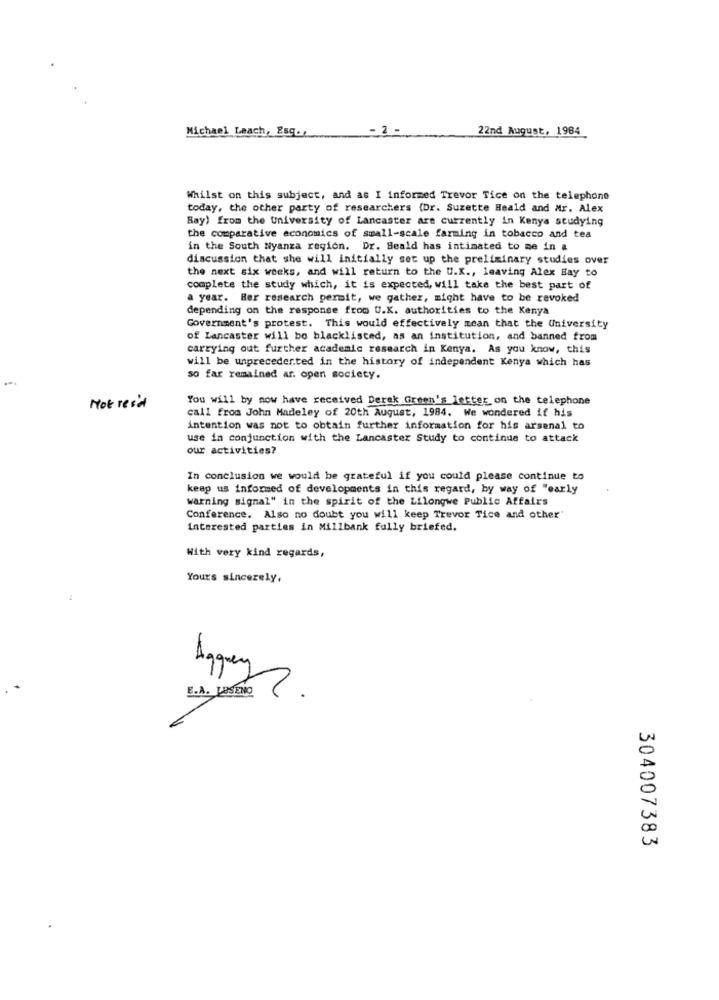
Michael Leach, Esq .,
- 2
22nd August, 1984
Whilst on this subject, and as I informed Trevor Tice on the telephone
today, the other party of researchers (Dr. Suzette Heald and Mr. Alex
Bay) from the University of Lancaster are currently in Kenya studying
the comparative economics of small-scale farming in tobacco and tea
in the South Nyanza region. Dr. Beald has intimated to me in a
discussion that she will initially set up the preliminary studies over
the next six weeks, and will return to the U.K ., leaving Alex Bay to
complete the study which, it is expected, will take the best part of
a year. Her research permit, we gather, might have to be revoked
depending on the response from U.K. authorities to the Kenya
Government's protest. This would effectively mean that the University
of Lancaster will be blacklisted, as an institution, and banned from
carrying out further academic research in Kenya. As you know, this
will be unprecedented in the history of independent Kenya which has
so far remained ar. open society.
You will by now have received Derek Green's letter on the telephone
Not read
call from John Madeley of 20th August, 1984. We wondered if his
intention was not to obtain further information for his arsenal to
use in conjunction with the Lancaster Study to continue to attack
our activities?
In conclusion we would be grateful if you could please continue to
keep us informed of developments in this regard, by way of "early
warning signal" in the spirit of the Lilongwe Public Affairs
Conference. Also no doubt you will keep Trevor Tice and other'
interested parties in Millbank fully briefed.
With very kind regards,
Yours sincerely,
Aggrey
B.A. MENO .
304007383